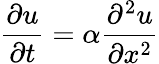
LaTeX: {\frac{\partial u}{\partial t}}=\alpha{\frac{\partial^{2}u}{\partial x^{2}}}